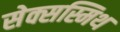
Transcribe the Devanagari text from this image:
सेक्सस्मिथ